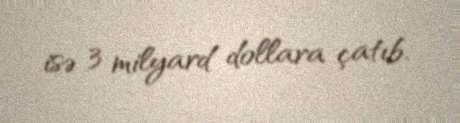
isə 3 milyard dollara çatıb.